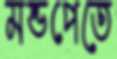
মন্ডপেতে